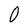
Character: O